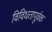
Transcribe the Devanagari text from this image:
विविधतापूर्वक